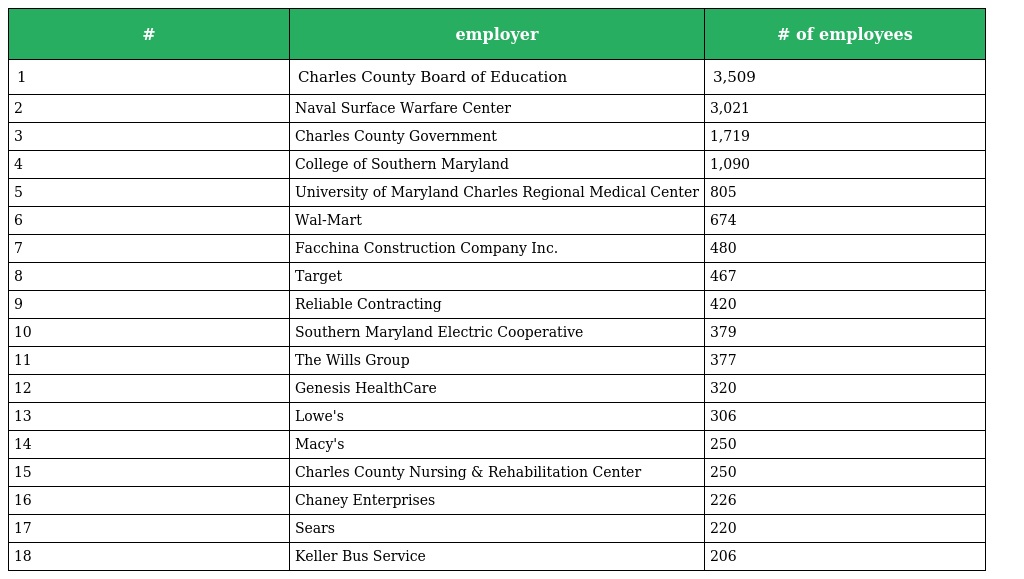
| # | employer | # of employees |
 | --- | --- | --- |
 | 1 | Charles County Board of Education | 3,509 |
 | 2 | Naval Surface Warfare Center | 3,021 |
 | 3 | Charles County Government | 1,719 |
 | 4 | College of Southern Maryland | 1,090 |
 | 5 | University of Maryland Charles Regional Medical Center | 805 |
 | 6 | Wal-Mart | 674 |
 | 7 | Facchina Construction Company Inc. | 480 |
 | 8 | Target | 467 |
 | 9 | Reliable Contracting | 420 |
 | 10 | Southern Maryland Electric Cooperative | 379 |
 | 11 | The Wills Group | 377 |
 | 12 | Genesis HealthCare | 320 |
 | 13 | Lowe's | 306 |
 | 14 | Macy's | 250 |
 | 15 | Charles County Nursing & Rehabilitation Center | 250 |
 | 16 | Chaney Enterprises | 226 |
 | 17 | Sears | 220 |
 | 18 | Keller Bus Service | 206 |